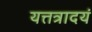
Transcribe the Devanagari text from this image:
यत्तत्रादयं